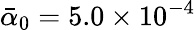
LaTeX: \bar{\alpha}_{0}=5.0\times 10^{-4}